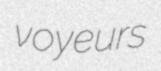
voyeurs